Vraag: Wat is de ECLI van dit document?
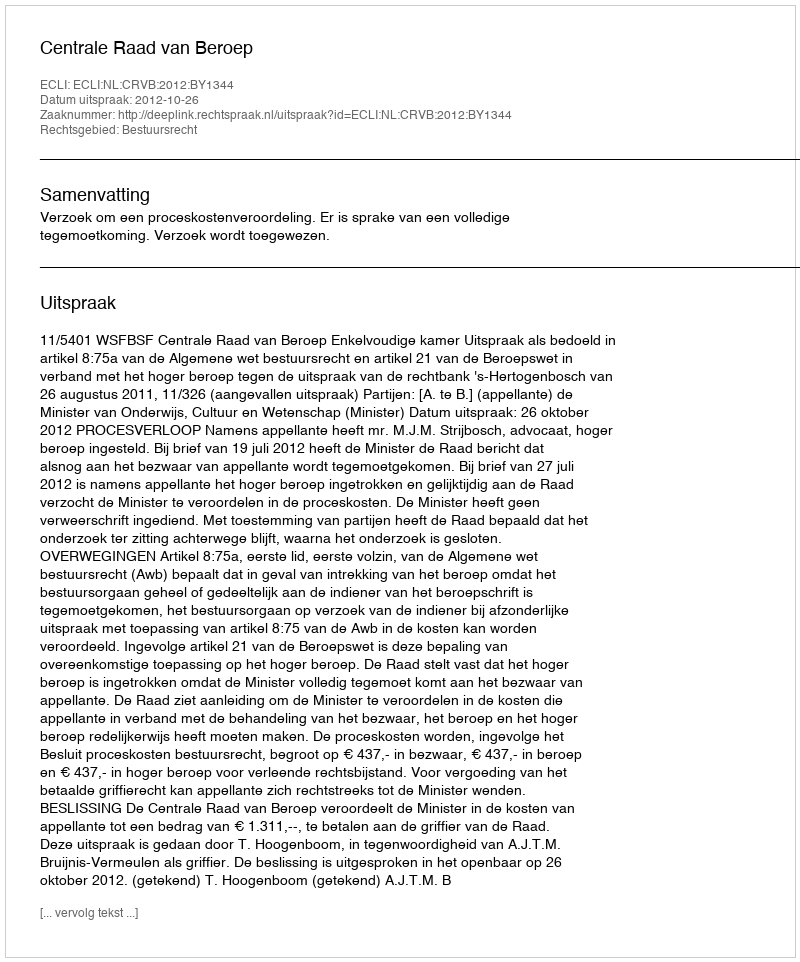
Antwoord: ECLI:NL:CRVB:2012:BY1344